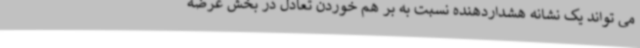
می تواند یک نشانه هشداردهنده نسبت به بر هم خوردن تعادل در بخش عرضه